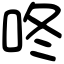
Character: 咚